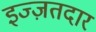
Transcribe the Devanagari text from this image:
इज्ज़तदार